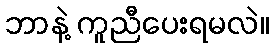
ဘာနဲ့ ကူညီပေးရမလဲ။